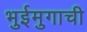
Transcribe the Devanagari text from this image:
भुईमुगाची